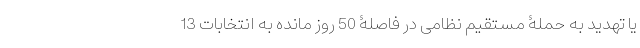
یا تهدید به حملۀ مستقیم نظامی در فاصلۀ 50 روز مانده به انتخابات 13